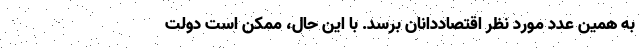
به همین عدد مورد نظر اقتصاددانان برسد. با این حال، ممکن است دولت